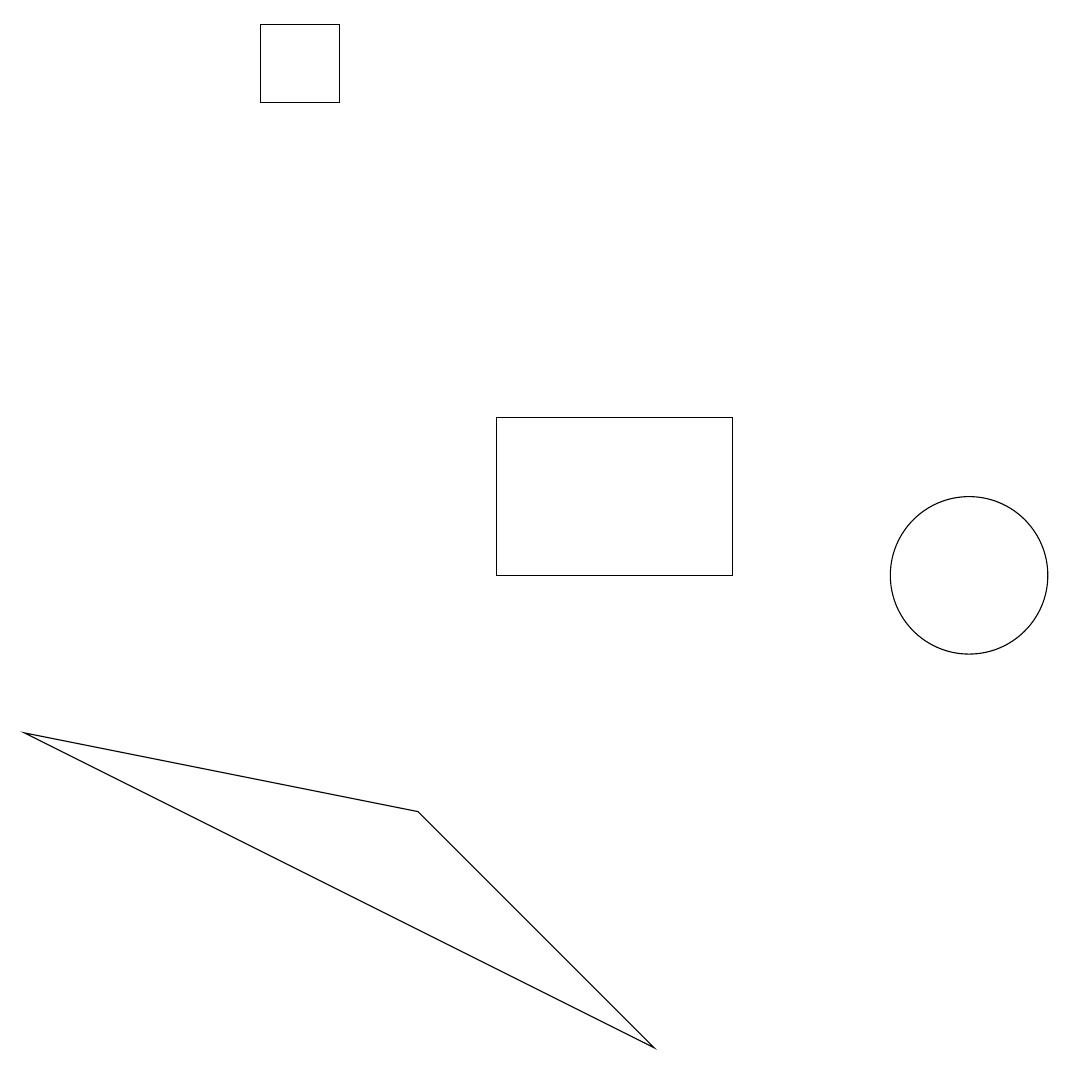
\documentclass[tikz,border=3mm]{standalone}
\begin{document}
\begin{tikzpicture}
\draw (6,13) rectangle (9,11);
\draw (0,9) -- (8,5) -- (5,8) -- cycle;
\draw (3,17) rectangle (4,18);
\draw (12,11) circle (1);
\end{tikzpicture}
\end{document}